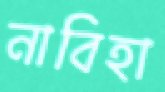
নাবিহা